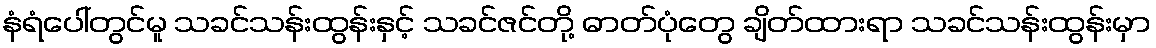
နံရံပေါ်တွင်မူ သခင်သန်းထွန်းနှင့် သခင်ဇင်တို့ ဓာတ်ပုံတွေ ချိတ်ထားရာ သခင်သန်းထွန်းမှာ